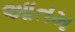
આતમ